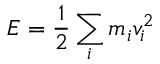
E = { \frac { 1 } { 2 } } \sum _ { i } m _ { i } v _ { i } ^ { 2 }